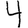
Digit: 4